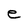
Character: e